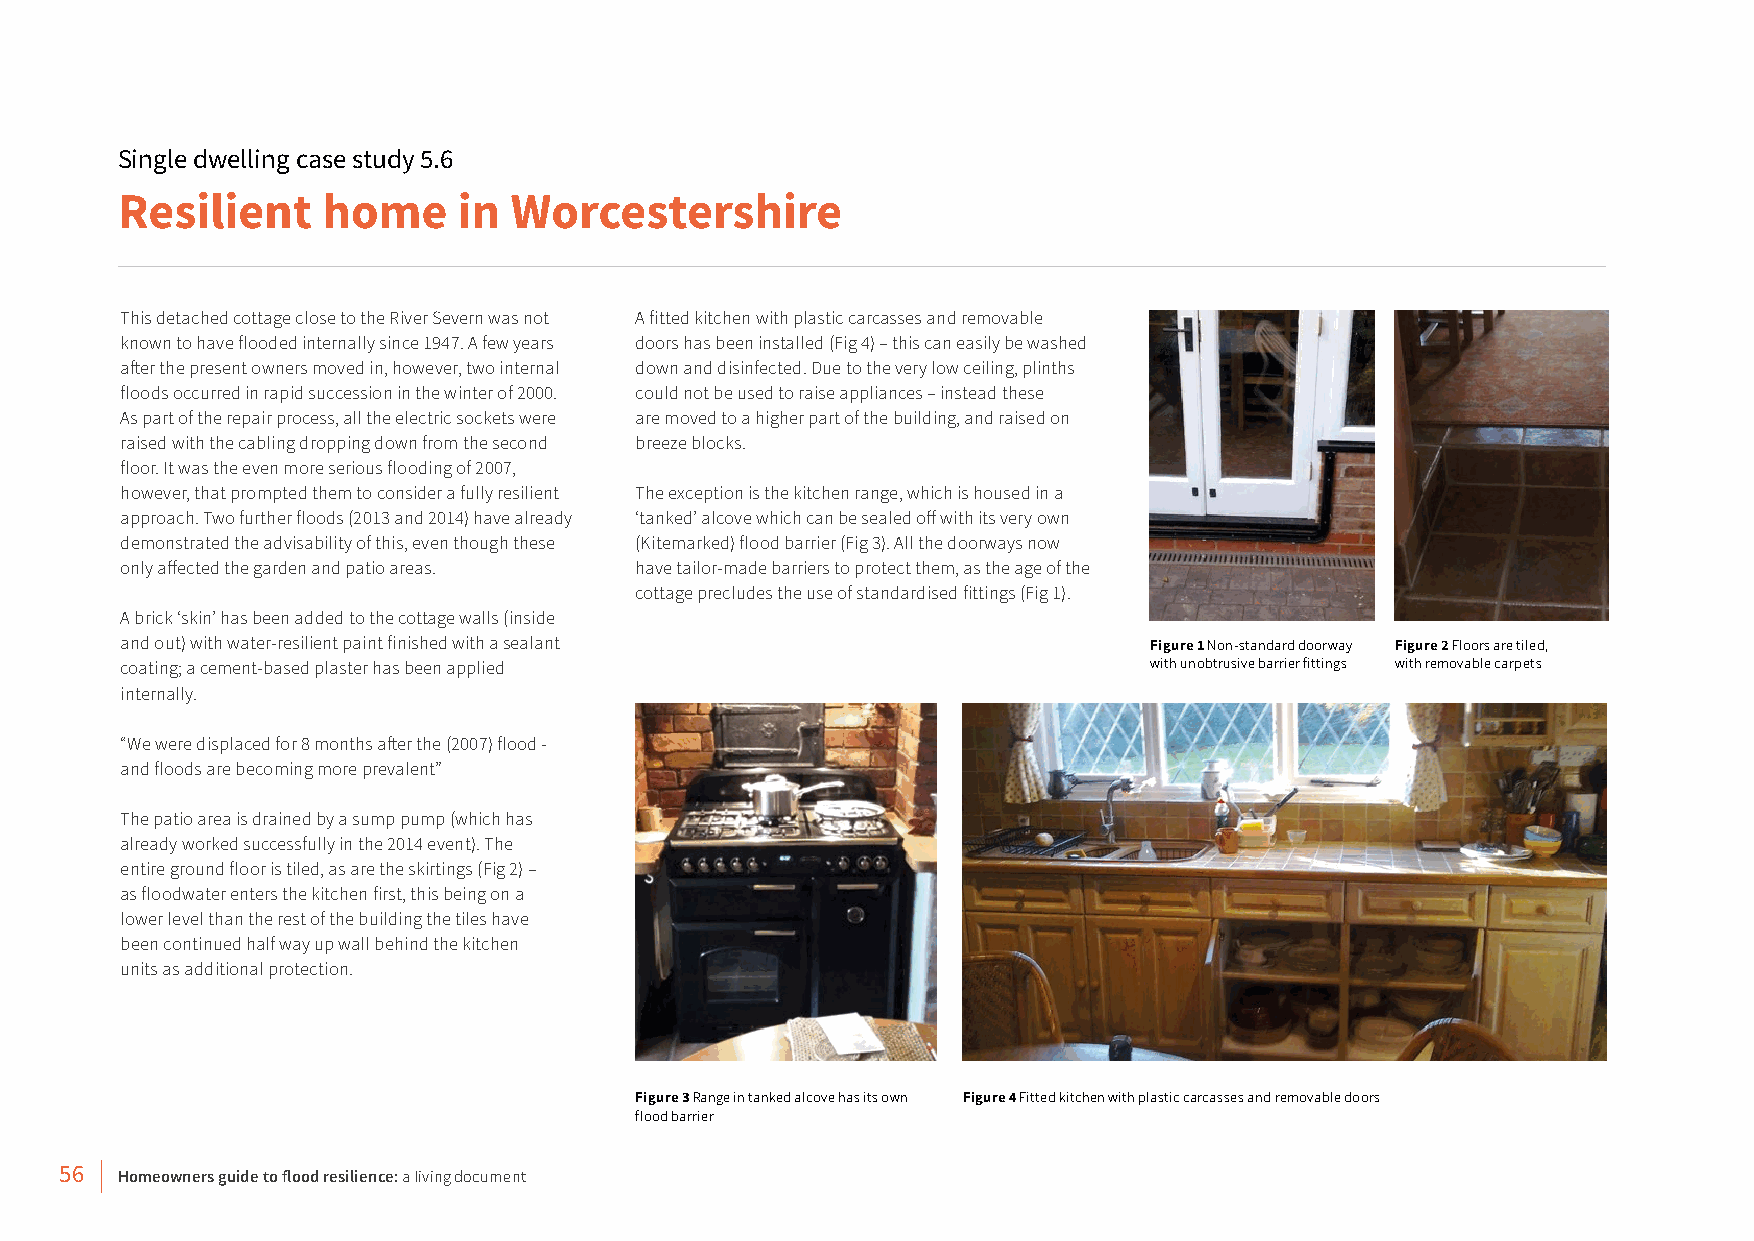
Single dwelling case study 5.6
 Resilient    home     in  Worcestershire
 This detached cottage close to the River Severn was not A fitted kitchen with plastic carcasses and removable
 known to have flooded internally since 1947. A few years doors has been installed (Fig 4) – this can easily be washed
 after the present owners moved in, however, two internal down and disinfected. Due to the very low ceiling, plinths
 floods occurred in rapid succession in the winter of 2000. could not be used to raise appliances – instead these
 As part of the repair process, all the electric sockets were are moved to a higher part of the building, and raised on
 raised with the cabling dropping down from the second breeze blocks.
 floor. It was the even more serious flooding of 2007,
 however, that prompted them to consider a fully resilient The exception is the kitchen range, which is housed in a
 approach. Two further floods (2013 and 2014) have already ‘tanked’ alcove which can be sealed off with its very own
 demonstrated the advisability of this, even though these (Kitemarked) flood barrier (Fig 3). All the doorways now
 only affected the garden and patio areas. have tailor-made barriers to protect them, as the age of the
 cottage precludes the use of standardised fittings (Fig 1).
 A brick ‘skin’ has been added to the cottage walls (inside
 and out) with water-resilient paint finished with a sealant         Figure 1 Non-standard doorway Figure 2 Floors are tiled,
 coating; a cement-based plaster has been applied                    with unobtrusive barrier fittings with removable carpets
 internally.
 “We were displaced for 8 months after the (2007) flood -
 and floods are becoming more prevalent”
 The patio area is drained by a sump pump (which has
 already worked successfully in the 2014 event). The
 entire ground floor is tiled, as are the skirtings (Fig 2) –
 as floodwater enters the kitchen first, this being on a
 lower level than the rest of the building the tiles have
 been continued half way up wall behind the kitchen
 units as additional protection.
 Figure 3 Range in tanked alcove has its own Figure 4 Fitted kitchen with plastic carcasses and removable doors
 flood barrier
 56  Homeowners guide to flood resilience: a living document